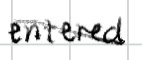
Text: entered
Cross-out: diagonal
Writing tool: digital_black